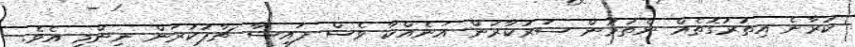
ކުރާނެ އިތުރުގޮތެއް ނެތުމުން ސަރުކާރުން އަނެއްކާ ވެސް ފައިސާ ޗާޕުކުރަން ނިންމި އެވެ.